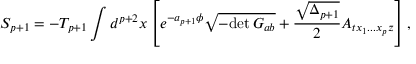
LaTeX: S _ { p + 1 } = - T _ { p + 1 } \int d ^ { p + 2 } x \left[ e ^ { - a _ { p + 1 } \phi } \sqrt { - \mathrm { d e t } \, G _ { a b } } + { \frac { \sqrt { \Delta _ { p + 1 } } } { 2 } } A _ { t x _ { 1 } . . . x _ { p } z } \right] ,